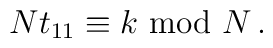
N t_{11} \equiv k\ {\rm mod}\ N\, .